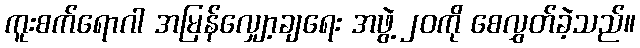
ကူးစက်ရောဂါ အမြန်လျှော့ချရေး အဖွဲ့ ၂၀ကို စေလွှတ်ခဲ့သည်။